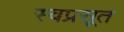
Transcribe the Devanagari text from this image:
स्वप्रसूत